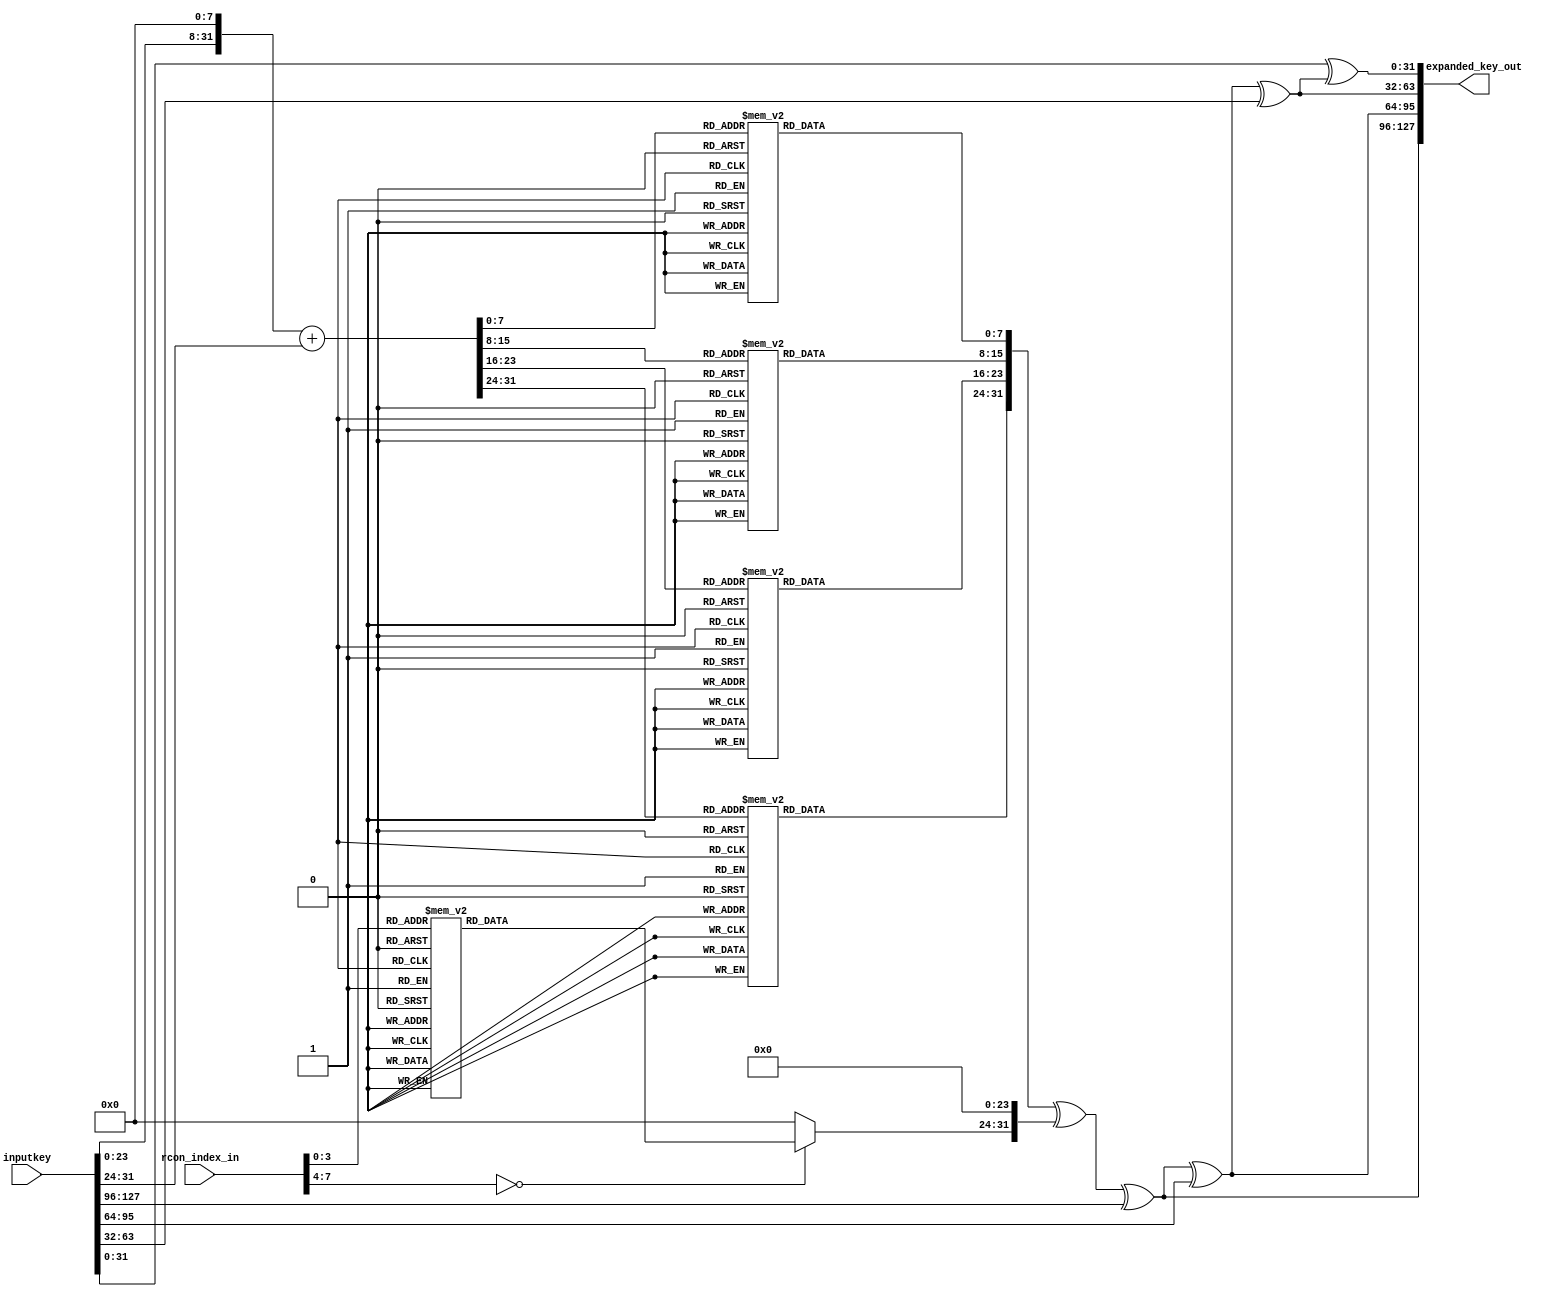
module expandkey(inputkey,rcon_index_in, expanded_key_out );

input [127:0] inputkey;
input [7:0] rcon_index_in;
output [127:0] expanded_key_out;


wire [31:0] wordthree;
wire [31:0] wordthreecopy;
wire [31:0] wordthreenew;
wire [31:0] w3;

assign wordthreecopy = inputkey[31:0];

assign wordthree= wordthreecopy << 8;
assign wordthreenew= wordthree + {24'h000000, wordthreecopy[31:24]};

//sbox substitution
assign w3[31:24]= sbox(wordthreenew[31:24]);
assign w3[23:16]= sbox(wordthreenew[23:16]);
assign w3[15:8]= sbox(wordthreenew[15:8]);
assign w3[7:0]= sbox(wordthreenew[7:0]);

wire [31:0] w3new;
//xor with rcon
assign w3new = w3[31:0]^{Rcon(rcon_index_in), 24'h000000};

wire [31:0] wordfour;
wire [31:0] wordfive;
wire [31:0] wordsix;
wire [31:0] wordseven;

assign wordfour= w3new^inputkey[127:96];
assign wordfive= wordfour^inputkey[95:64];
assign wordsix= wordfive^inputkey[63:32];
assign wordseven= wordthreecopy^wordsix;

assign expanded_key_out= {wordfour[31:0], wordfive[31:0], wordsix[31:0], wordseven[31:0]};


//RCON*******************************************
 function [7:0] Rcon;
      input[7:0] RconCount;
      case (RconCount)
        8'h1 : Rcon = 8'h01;
        8'h2 : Rcon = 8'h02;
        8'h3 : Rcon = 8'h04;
        8'h4 : Rcon = 8'h08;
        8'h5 : Rcon = 8'h10;
        8'h6 : Rcon = 8'h20;
        8'h7 : Rcon = 8'h40;
        8'h8 : Rcon = 8'h80;
        8'h9 : Rcon = 8'h1B;
        8'hA : Rcon = 8'h36;
        8'hB : Rcon = 8'h6C;
        8'hC : Rcon = 8'hD8;
        8'hD : Rcon = 8'hAB;
        8'hE : Rcon = 8'h4D;
        8'hF : Rcon = 8'h9A;
        default : Rcon = 8'h00;
      endcase
    endfunction

//sbox*************************************************
function [7:0] sbox;
    input [7:0] unsubbed;

        case(unsubbed)
        8'h0 : sbox = 8'h63;
        8'h1 : sbox = 8'h7C;
        8'h2 : sbox = 8'h77;
        8'h3 : sbox = 8'h7B;
        8'h4 : sbox = 8'hF2;
        8'h5 : sbox = 8'h6B;
        8'h6 : sbox = 8'h6F;
        8'h7 : sbox = 8'hC5;
        8'h8 : sbox = 8'h30;
        8'h9 : sbox = 8'h1;
        8'hA : sbox = 8'h67;
        8'hB : sbox = 8'h2B;
        8'hC : sbox = 8'hFE;
        8'hD : sbox = 8'hD7;
        8'hE : sbox = 8'hAB;
        8'hF : sbox = 8'h76;
        8'h10 : sbox = 8'hCA;
        8'h11 : sbox = 8'h82;
        8'h12 : sbox = 8'hC9;
        8'h13 : sbox = 8'h7D;
        8'h14 : sbox = 8'hFA;
        8'h15 : sbox = 8'h59;
        8'h16 : sbox = 8'h47;
        8'h17 : sbox = 8'hF0;
        8'h18 : sbox = 8'hAD;
        8'h19 : sbox = 8'hD4;
        8'h1A : sbox = 8'hA2;
        8'h1B : sbox = 8'hAF;
        8'h1C : sbox = 8'h9C;
        8'h1D : sbox = 8'hA4;
        8'h1E : sbox = 8'h72;
        8'h1F : sbox = 8'hC0;
        8'h20 : sbox = 8'hB7;
        8'h21 : sbox = 8'hFD;
        8'h22 : sbox = 8'h93;
        8'h23 : sbox = 8'h26;
        8'h24 : sbox = 8'h36;
        8'h25 : sbox = 8'h3F;
        8'h26 : sbox = 8'hF7;
        8'h27 : sbox = 8'hCC;
        8'h28 : sbox = 8'h34;
        8'h29 : sbox = 8'hA5;
        8'h2A : sbox = 8'hE5;
        8'h2B : sbox = 8'hF1;
        8'h2C : sbox = 8'h71;
        8'h2D : sbox = 8'hD8;
        8'h2E : sbox = 8'h31;
        8'h2F : sbox = 8'h15;
        8'h30 : sbox = 8'h4;
        8'h31 : sbox = 8'hC7;
        8'h32 : sbox = 8'h23;
        8'h33 : sbox = 8'hC3;
        8'h34 : sbox = 8'h18;
        8'h35 : sbox = 8'h96;
        8'h36 : sbox = 8'h5;
        8'h37 : sbox = 8'h9A;
        8'h38 : sbox = 8'h7;
        8'h39 : sbox = 8'h12;
        8'h3A : sbox = 8'h80;
        8'h3B : sbox = 8'hE2;
        8'h3C : sbox = 8'hEB;
        8'h3D : sbox = 8'h27;
        8'h3E : sbox = 8'hB2;
        8'h3F : sbox = 8'h75;
        8'h40 : sbox = 8'h9;
        8'h41 : sbox = 8'h83;
        8'h42 : sbox = 8'h2C;
        8'h43 : sbox = 8'h1A;
        8'h44 : sbox = 8'h1B;
        8'h45 : sbox = 8'h6E;
        8'h46 : sbox = 8'h5A;
        8'h47 : sbox = 8'hA0;
        8'h48 : sbox = 8'h52;
        8'h49 : sbox = 8'h3B;
        8'h4A : sbox = 8'hD6;
        8'h4B : sbox = 8'hB3;
        8'h4C : sbox = 8'h29;
        8'h4D : sbox = 8'hE3;
        8'h4E : sbox = 8'h2F;
        8'h4F : sbox = 8'h84;
        8'h50 : sbox = 8'h53;
        8'h51 : sbox = 8'hD1;
        8'h52 : sbox = 8'h0;
        8'h53 : sbox = 8'hED;
        8'h54 : sbox = 8'h20;
        8'h55 : sbox = 8'hFC;
        8'h56 : sbox = 8'hB1;
        8'h57 : sbox = 8'h5B;
        8'h58 : sbox = 8'h6A;
        8'h59 : sbox = 8'hCB;
        8'h5A : sbox = 8'hBE;
        8'h5B : sbox = 8'h39;
        8'h5C : sbox = 8'h4A;
        8'h5D : sbox = 8'h4C;
        8'h5E : sbox = 8'h58;
        8'h5F : sbox = 8'hCF;
        8'h60 : sbox = 8'hD0;
        8'h61 : sbox = 8'hEF;
        8'h62 : sbox = 8'hAA;
        8'h63 : sbox = 8'hFB;
        8'h64 : sbox = 8'h43;
        8'h65 : sbox = 8'h4D;
        8'h66 : sbox = 8'h33;
        8'h67 : sbox = 8'h85;
        8'h68 : sbox = 8'h45;
        8'h69 : sbox = 8'hF9;
        8'h6A : sbox = 8'h2;
        8'h6B : sbox = 8'h7F;
        8'h6C : sbox = 8'h50;
        8'h6D : sbox = 8'h3C;
        8'h6E : sbox = 8'h9F;
        8'h6F : sbox = 8'hA8;
        8'h70 : sbox = 8'h51;
        8'h71 : sbox = 8'hA3;
        8'h72 : sbox = 8'h40;
        8'h73 : sbox = 8'h8F;
        8'h74 : sbox = 8'h92;
        8'h75 : sbox = 8'h9D;
        8'h76 : sbox = 8'h38;
        8'h77 : sbox = 8'hF5;
        8'h78 : sbox = 8'hBC;
        8'h79 : sbox = 8'hB6;
        8'h7A : sbox = 8'hDA;
        8'h7B : sbox = 8'h21;
        8'h7C : sbox = 8'h10;
        8'h7D : sbox = 8'hFF;
        8'h7E : sbox = 8'hF3;
        8'h7F : sbox = 8'hD2;
        8'h80 : sbox = 8'hCD;
        8'h81 : sbox = 8'hC;
        8'h82 : sbox = 8'h13;
        8'h83 : sbox = 8'hEC;
        8'h84 : sbox = 8'h5F;
        8'h85 : sbox = 8'h97;
        8'h86 : sbox = 8'h44;
        8'h87 : sbox = 8'h17;
        8'h88 : sbox = 8'hC4;
        8'h89 : sbox = 8'hA7;
        8'h8A : sbox = 8'h7E;
        8'h8B : sbox = 8'h3D;
        8'h8C : sbox = 8'h64;
        8'h8D : sbox = 8'h5D;
        8'h8E : sbox = 8'h19;
        8'h8F : sbox = 8'h73;
        8'h90 : sbox = 8'h60;
        8'h91 : sbox = 8'h81;
        8'h92 : sbox = 8'h4F;
        8'h93 : sbox = 8'hDC;
        8'h94 : sbox = 8'h22;
        8'h95 : sbox = 8'h2A;
        8'h96 : sbox = 8'h90;
        8'h97 : sbox = 8'h88;
        8'h98 : sbox = 8'h46;
        8'h99 : sbox = 8'hEE;
        8'h9A : sbox = 8'hB8;
        8'h9B : sbox = 8'h14;
        8'h9C : sbox = 8'hDE;
        8'h9D : sbox = 8'h5E;
        8'h9E : sbox = 8'hB;
        8'h9F : sbox = 8'hDB;
        8'hA0 : sbox = 8'hE0;
        8'hA1 : sbox = 8'h32;
        8'hA2 : sbox = 8'h3A;
        8'hA3 : sbox = 8'hA;
        8'hA4 : sbox = 8'h49;
        8'hA5 : sbox = 8'h6;
        8'hA6 : sbox = 8'h24;
        8'hA7 : sbox = 8'h5C;
        8'hA8 : sbox = 8'hC2;
        8'hA9 : sbox = 8'hD3;
        8'hAA : sbox = 8'hAC;
        8'hAB : sbox = 8'h62;
        8'hAC : sbox = 8'h91;
        8'hAD : sbox = 8'h95;
        8'hAE : sbox = 8'hE4;
        8'hAF : sbox = 8'h79;
        8'hB0 : sbox = 8'hE7;
        8'hB1 : sbox = 8'hC8;
        8'hB2 : sbox = 8'h37;
        8'hB3 : sbox = 8'h6D;
        8'hB4 : sbox = 8'h8D;
        8'hB5 : sbox = 8'hD5;
        8'hB6 : sbox = 8'h4E;
        8'hB7 : sbox = 8'hA9;
        8'hB8 : sbox = 8'h6C;
        8'hB9 : sbox = 8'h56;
        8'hBA : sbox = 8'hF4;
        8'hBB : sbox = 8'hEA;
        8'hBC : sbox = 8'h65;
        8'hBD : sbox = 8'h7A;
        8'hBE : sbox = 8'hAE;
        8'hBF : sbox = 8'h8;
        8'hC0 : sbox = 8'hBA;
        8'hC1 : sbox = 8'h78;
        8'hC2 : sbox = 8'h25;
        8'hC3 : sbox = 8'h2E;
        8'hC4 : sbox = 8'h1C;
        8'hC5 : sbox = 8'hA6;
        8'hC6 : sbox = 8'hB4;
        8'hC7 : sbox = 8'hC6;
        8'hC8 : sbox = 8'hE8;
        8'hC9 : sbox = 8'hDD;
        8'hCA : sbox = 8'h74;
        8'hCB : sbox = 8'h1F;
        8'hCC : sbox = 8'h4B;
        8'hCD : sbox = 8'hBD;
        8'hCE : sbox = 8'h8B;
        8'hCF : sbox = 8'h8A;
        8'hD0 : sbox = 8'h70;
        8'hD1 : sbox = 8'h3E;
        8'hD2 : sbox = 8'hB5;
        8'hD3 : sbox = 8'h66;
        8'hD4 : sbox = 8'h48;
        8'hD5 : sbox = 8'h3;
        8'hD6 : sbox = 8'hF6;
        8'hD7 : sbox = 8'hE;
        8'hD8 : sbox = 8'h61;
        8'hD9 : sbox = 8'h35;
        8'hDA : sbox = 8'h57;
        8'hDB : sbox = 8'hB9;
        8'hDC : sbox = 8'h86;
        8'hDD : sbox = 8'hC1;
        8'hDE : sbox = 8'h1D;
        8'hDF : sbox = 8'h9E;
        8'hE0 : sbox = 8'hE1;
        8'hE1 : sbox = 8'hF8;
        8'hE2 : sbox = 8'h98;
        8'hE3 : sbox = 8'h11;
        8'hE4 : sbox = 8'h69;
        8'hE5 : sbox = 8'hD9;
        8'hE6 : sbox = 8'h8E;
        8'hE7 : sbox = 8'h94;
        8'hE8 : sbox = 8'h9B;
        8'hE9 : sbox = 8'h1E;
        8'hEA : sbox = 8'h87;
        8'hEB : sbox = 8'hE9;
        8'hEC : sbox = 8'hCE;
        8'hED : sbox = 8'h55;
        8'hEE : sbox = 8'h28;
        8'hEF : sbox = 8'hDF;
        8'hF0 : sbox = 8'h8C;
        8'hF1 : sbox = 8'hA1;
        8'hF2 : sbox = 8'h89;
        8'hF3 : sbox = 8'hD;
        8'hF4 : sbox = 8'hBF;
        8'hF5 : sbox = 8'hE6;
        8'hF6 : sbox = 8'h42;
        8'hF7 : sbox = 8'h68;
        8'hF8 : sbox = 8'h41;
        8'hF9 : sbox = 8'h99;
        8'hFA : sbox = 8'h2D;
        8'hFB : sbox = 8'hF;
        8'hFC : sbox = 8'hB0;
        8'hFD : sbox = 8'h54;
        8'hFE : sbox = 8'hBB;
        8'hFF : sbox = 8'h16;
        default : sbox = 8'h0; 

    endcase
  endfunction
  endmodule